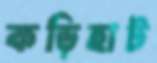
কড়িহাট